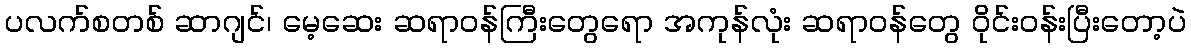
ပလက်စတစ် ဆာဂျင်၊ မေ့ဆေး ဆရာဝန်ကြီးတွေရော အကုန်လုံး ဆရာဝန်တွေ ဝိုင်းဝန်းပြီးတော့ပဲ